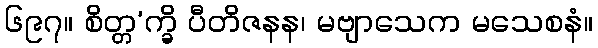
၆၉၇။ စိတ္တ’က္ခိ ပီတိဇနန၊ မဗျာသေက မသေစနံ။